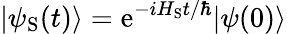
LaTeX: |\psi_{\mathrm{S}}(t)\rangle={\mathrm{e}}^{-iH_{\mathrm{S}}t/\hbar}|\psi(0)\rangle